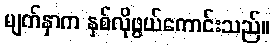
မျက်နှာက နှစ်လိုဖွယ်ကောင်းသည်။